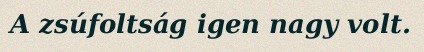
A zsúfoltság igen nagy volt.